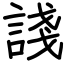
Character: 諓